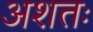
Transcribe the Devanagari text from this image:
अशतः